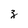
Character: z